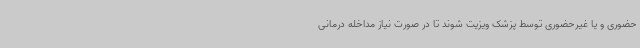
حضوری و یا غیرحضوری توسط پزشک ویزیت شوند تا در صورت نیاز مداخله درمانی